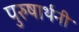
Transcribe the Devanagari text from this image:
पुरुषार्थनी